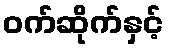
ဝက်ဆိုက်နှင့်